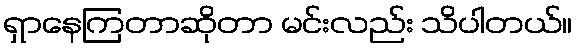
ရှာနေကြတာဆိုတာ မင်းလည်း သိပါတယ်။